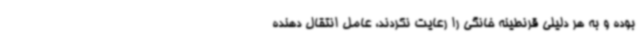
بوده و به هر دلیلی قرنطینه خانگی را رعایت نکردند، عامل انتقال دهنده